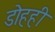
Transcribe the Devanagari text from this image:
डोहही